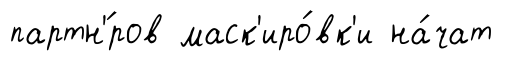
партн'́ров маск'иро́вк'и на́чат